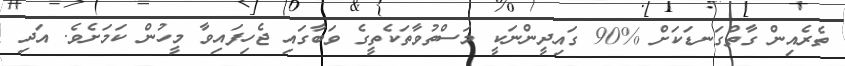
ތެރެއިން ގާތްގަނޑަކަށް %90 ގައިދީންނަކީ މަސްތުވާތަކެތީގެ ވަބާގައި ޖެހިފައިވާ މީހުން ކަމަށެވެ. އަދި